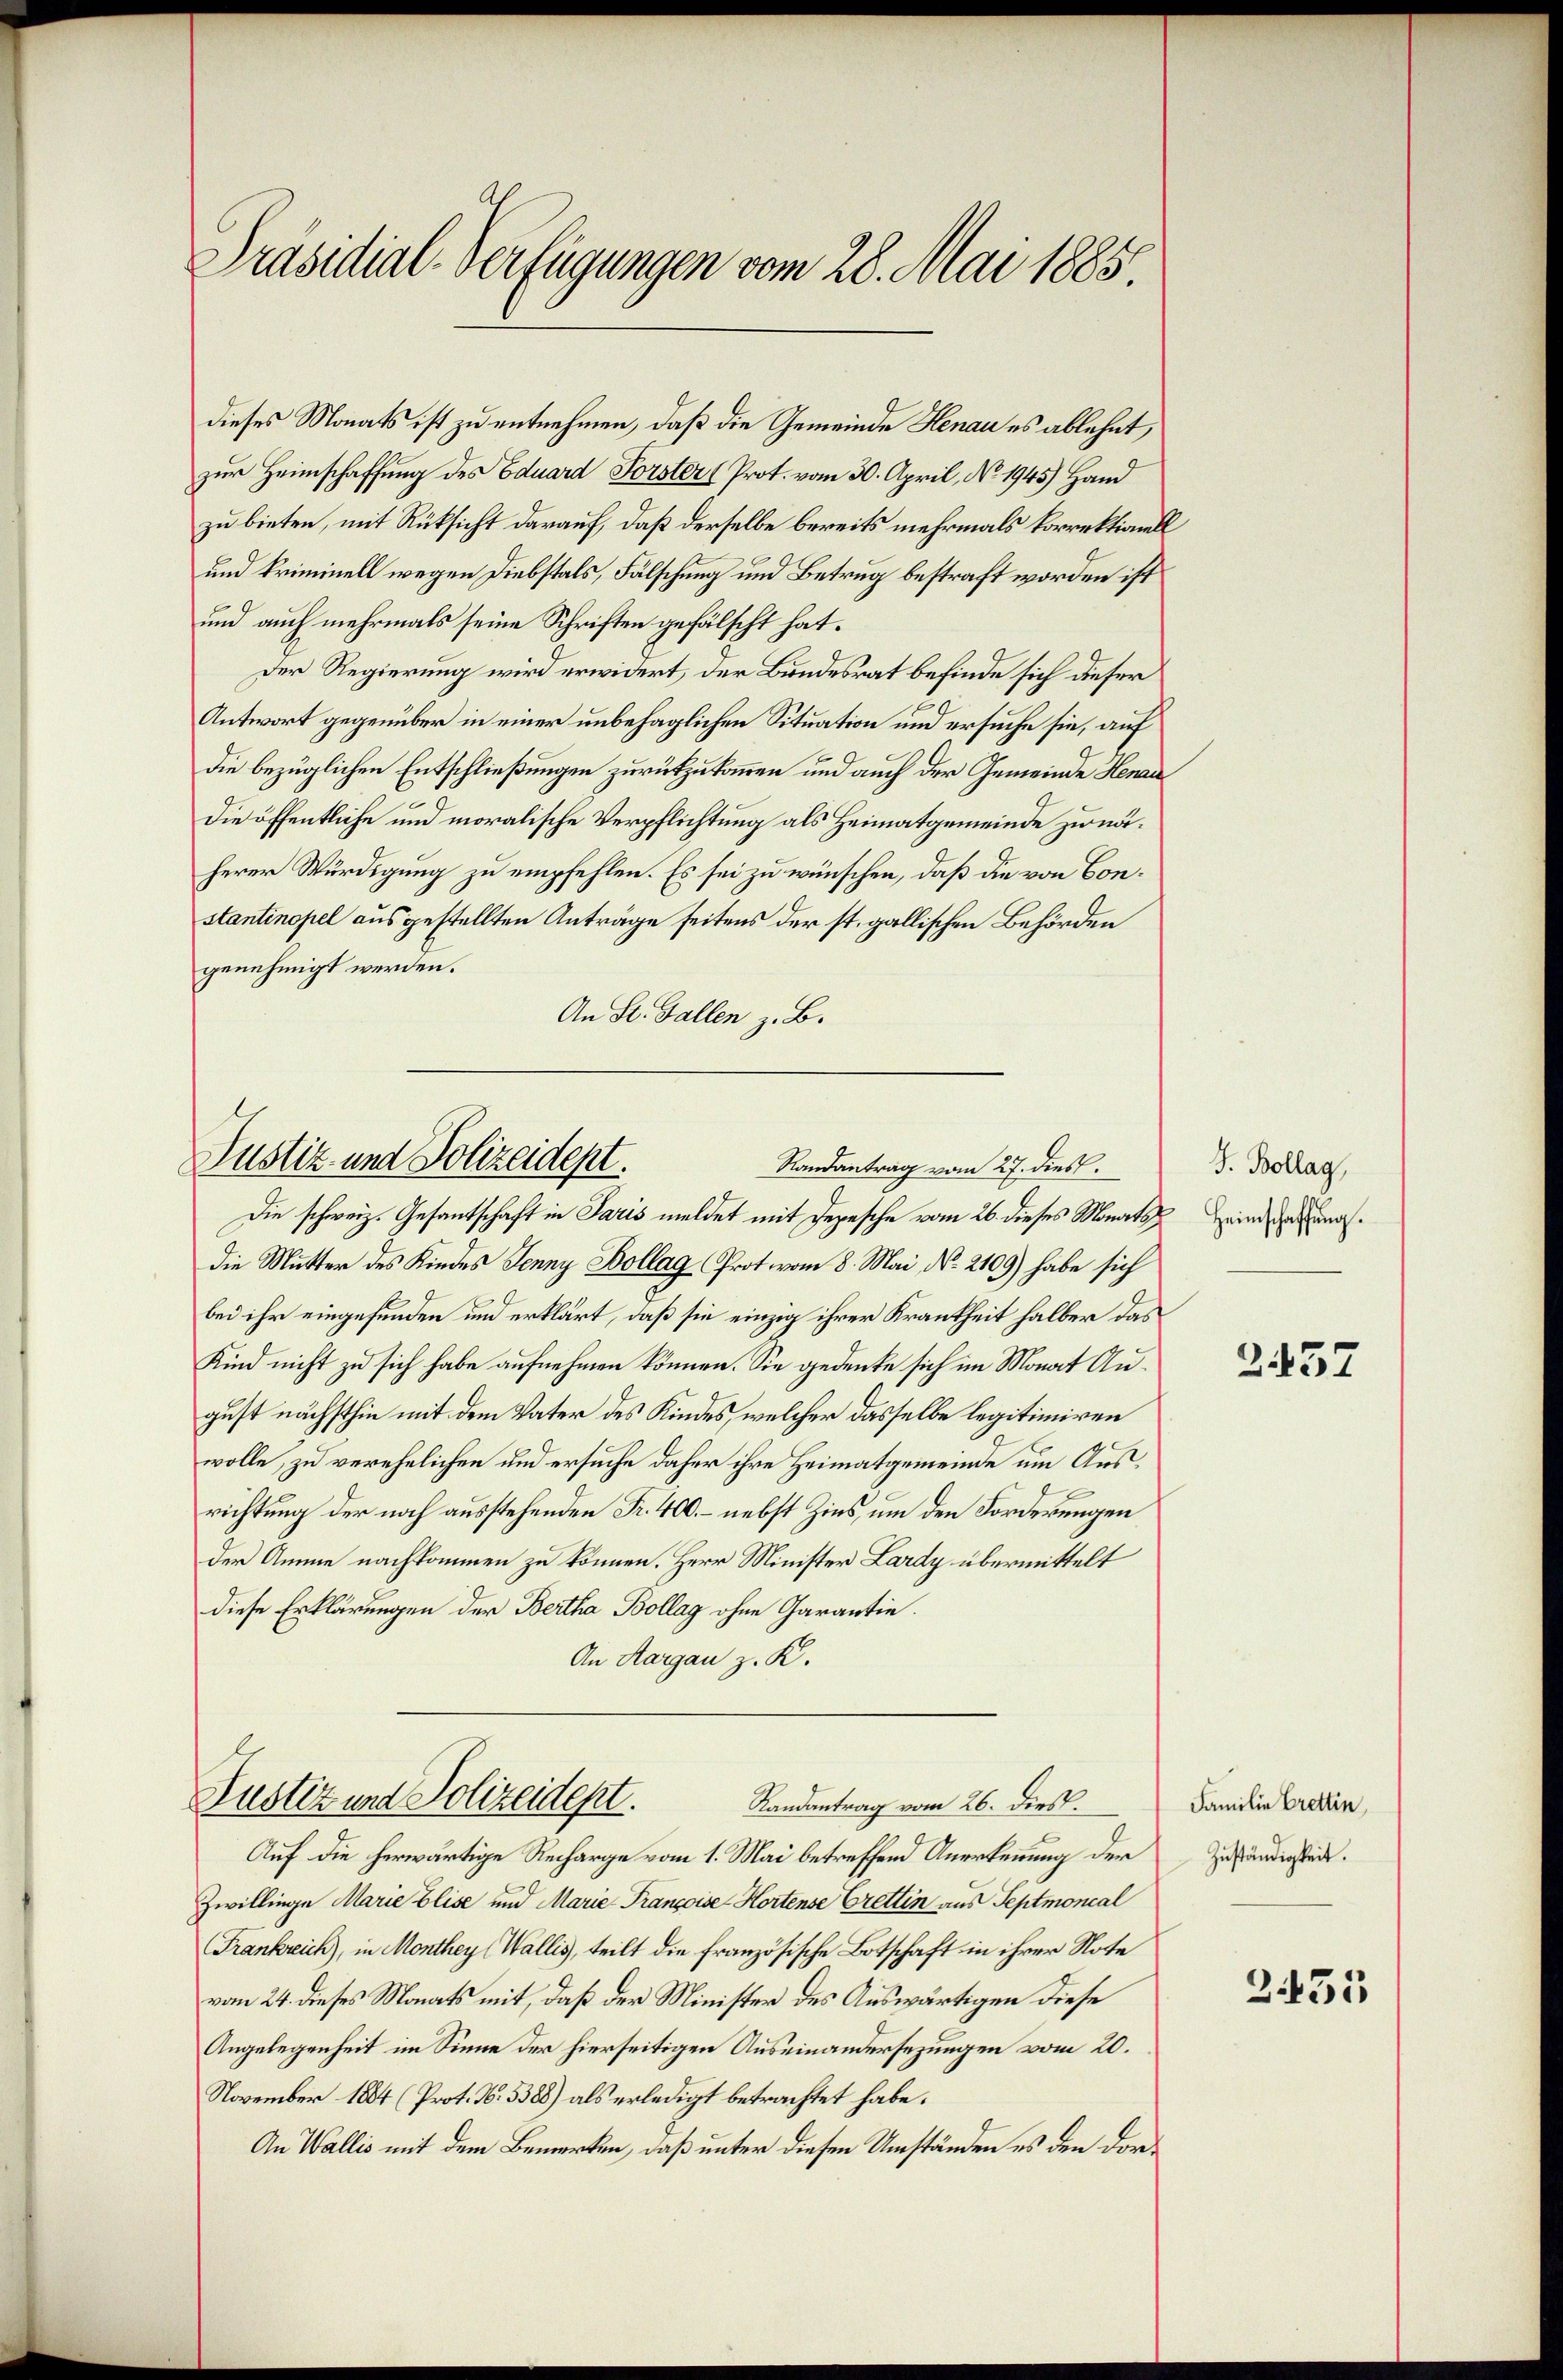
Präsidial-Verfügungen vom 28. Mai 1885

dieses Monats ist zu entnehmen, daß die Gemeinde Henau es ablehnt,
zur Heimschaffung des Eduard Forster (Prot. vom 30. April, No. 1945) Hand
zu bieten, mit Rüksicht darauf, daß derselbe bereits mehrmals korrektionell
und kriminell wegen Diebstals, Fälschung und Betrug bestraft worden ist
und auch mehrmals seine Schriften gefälscht hat.
Der Regierung wird erwidert, der Bundesrat befinde sich dieser
Antwort gegenüber in einer unbehaglichen Situation und ersuche sie, auf
die bezüglichen Entschließungen zurückzukommen und auch der Gemeinde Henau
Die öffentliche und moralische Verpflichtung als Heimatgemeinde zu näherer Würdigung zu empfehlen. Es sei zu wünschen, daß die von Constantinopel ausgestellten Anträge seitens der st. gallischen Behörden
genehmigt werden.
An St. Gallen z. B.

Justiz- und Polizeidept.
Randantrag vom 27. dies

Justiz und Polizeidept.
Randantrag vom 26. Dies

Die schweiz. Gesantschaft in Paris meldet mit Depesche vom 26. dieses Monats einddie Mutter des Kindes Jenny Bollag Prot. vom 8. Mai, No. 2109) habe sich
bei ihr eingefunden und erklärt, daß sie einzig ihrer Krankheit halber das
Kind nicht zu sich habe aufnehmen können. Sie gedenke sich im Monat August nächsthin mit dem Vater des Kindes, welcher dasselbe legitimiren
wolle, zu verehelichen und ersuche daher ihre Heimatgemeinde um Ausrichtung der noch ausstehenden Fr. 400. – nebst Zins, um den Forderungen
der Amme nachkommen zu können. Herr Minister Lardy übermittelt
diese Erklärungen der Bertha Bollag ohne Garantie.
An Aargau z. K.

Auf die herwärtige Recharge vom 1. Mai betreffend Anerkennung der
Zwillinge Marie Elise und Marie-Françoise-Hortense Crettin aus Septmoncal
Frankreich), in Monthey (Wallis, teilt die französische Botschaft in ihrer Note
vom 24. dieses Monats mit, daß der Minister des Auswärtigen diese
Angelegenheit im Sinne der hierseitigen Auseinandersezungen vom 20.
November 1884 (Prot. N. 5388) als erledigt betrachtet habe.
An Wallis mit dem Bemerken, daß unter diesen Umständen es den dor¬

J. Bollag,

B 457

Familie Brettin,
Zuständigkeit.

2435